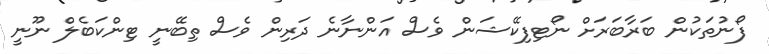
ފޯނުތަކުން ބަރާބަރަށް ނޯޓިފިކޭޝަން ވެސް އަންނާނެ ދަރިން ވެސް ތިބޭނީ ޓިންކަބެލް ނޫނީ